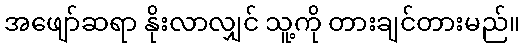
အဖျော်ဆရာ နိုးလာလျှင် သူ့ကို တားချင်တားမည်။